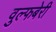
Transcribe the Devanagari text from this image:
वुल्फबेरी